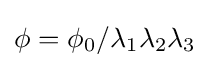
\phi =\phi _{0}/\lambda _{1}\lambda _{2}\lambda _{3}